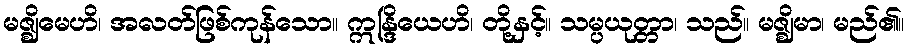
မဇ္ဈိမေဟိ၊ အလတ်ဖြစ်ကုန်သော။ ဣန္ဒြိယေဟိ၊ တို့နှင့်။ သမ္ပယုတ္တာ၊ သည်။ မဇ္ဈိမာ၊ မည်၏။